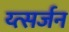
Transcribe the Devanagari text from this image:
य्त्सर्जन